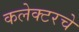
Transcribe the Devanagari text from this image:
कलेक्टरचे